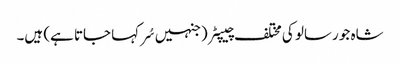
شاہ جو رسالو کی مختلف چیپٹر (جنہیں سُر کہا جاتا ہے) ہیں۔